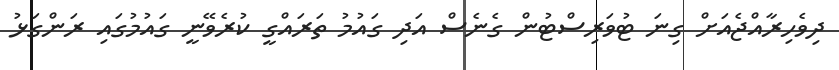
ދިވެހިރާއްޖެއަށް ގިނަ ޓުވަރިސްޓުން ގެނެސް އަދި ގައުމު ތަރައްގީ ކުރެވޭނީ ގައުމުގައި ރަންގަޅު